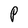
Character: P